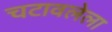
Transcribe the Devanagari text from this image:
चटावलेला